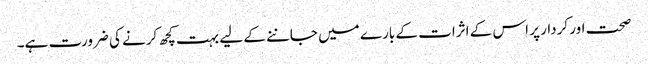
صحت اور کردار پر اس کے اثرات کے بارے میں جاننے کے لیے بہت کچھ کرنے کی ضرورت ہے۔